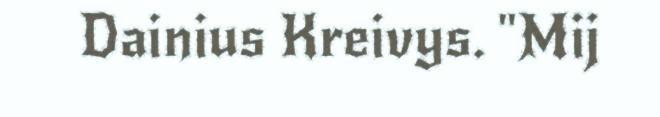
Dainius Kreivys. "Mij